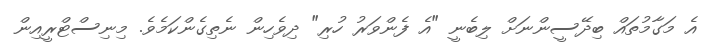
އެ މަގާމުތައް ބިދޭސީންނަށް ލިބެނީ "އެ ފެންވަރު ހުރި" ދިވެހިން ނެތިގެންކަމެވެ. މިނިސްޓްރީއިން